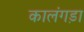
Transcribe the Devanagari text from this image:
कालंगड़ा